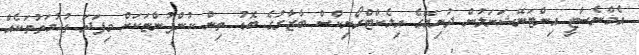
އެމްނެސްޓީ އިންޓަނޭޝަނަލުން ދުނިޔޭގެ އިލެކްޓްރޯނިކްސް ބާޒާރުގެ ބޮޑު ތިން ކުންފުންޏަކަށް މިފަދަ ތުހުމަތުތަކެއް